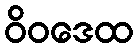
ဝိဝဒေထ